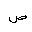
Letter: _sad